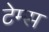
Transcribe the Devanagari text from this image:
टेम्‍स